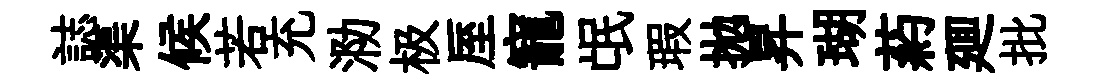
誌渠候若充泐极厔寵氓瑕拋昇瑚葯廽批